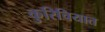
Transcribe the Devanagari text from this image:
कुरिचियात